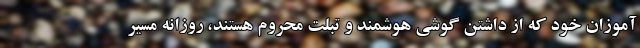
آموزان خود که از داشتن گوشی هوشمند و تبلت محروم هستند، روزانه مسیر